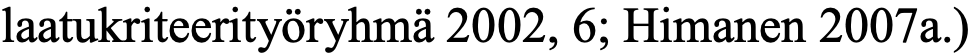
laatukriteerityöryhmä 2002, 6; Himanen 2007a.)